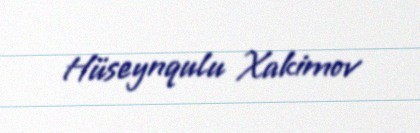
Hüseynqulu Xakimov